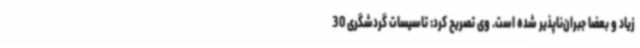
زیاد و بعضاً جبران‌ناپذیر شده است. وی تصریح کرد: تاسیسات گردشگری 30